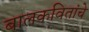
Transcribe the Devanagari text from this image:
बालकवितांचे